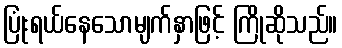
ပြုံးရယ်နေသောမျက်နှာဖြင့် ကြိုဆိုသည်။